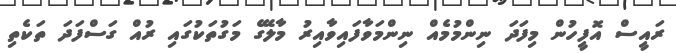
ރައީސް އޮފީހުން މިފަދަ ނިންމުމެއް ނިންމަވާފައިވާއިރު މާލޭގެ މަގުތަކުގައި ރުއް ގަސްފަދަ ތަކެތި